Annual report on the health of the army in India
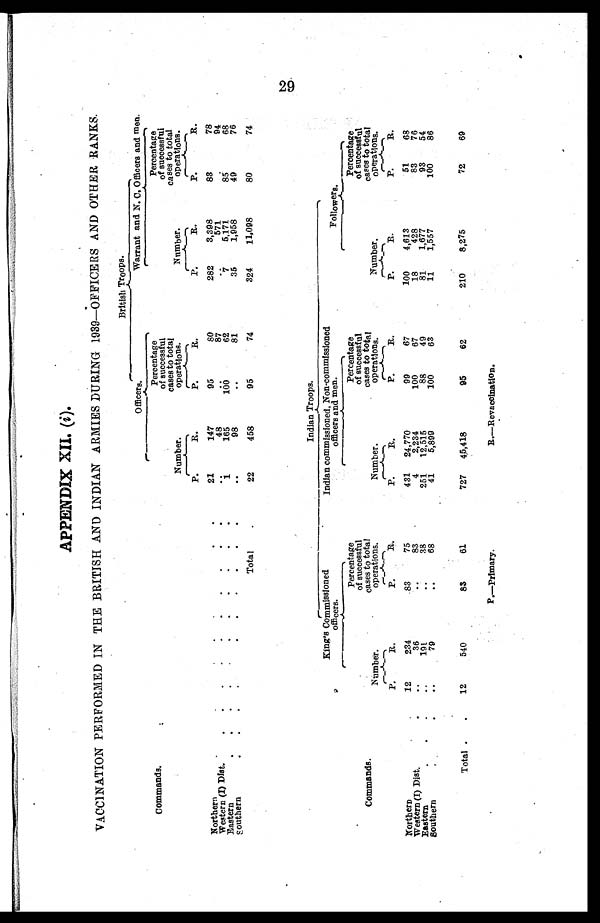
APPENDIX XII. (i).
VACCINATION PERFORMED IN THE BRITISH AND INDIAN ARMIES DURING 1939-OFFICERS AND OTHER RANKS.
British Troops.
O f f i c e r s .
Warrant and N. C, Officers and men.
Commands.
Number.
Percentage
of successful
cases to total
operations.
Number.
Percentage
of successful
cases to total
operations.
P.
R.
P.
R.
P.
R.
P.
R .
Northern.
.
.
.
.
21
147
95
80
282
3,398
83
78
Western (I) Dist..
.
.
.
.
.
.
.
.
.
. .
48
. .
87
..
571
..
94
Eastern
..
.
.
.
.
.
.
.
.
1
165
100
62
7
5,171
85
68
southern
..
.
.
.
.
.
.
.
.
..
98
..
81
35
1,958
49
76
Total
22
458
95
74
324
11,098
80
74
Indian Troops.
King's Commissioned
officers.
Indian commissioned, Non-commissioned
officers and men.
Followers.
Number.
Percentage
of successful
cases to total
operations.
Number.
Percentage
of successful
cases to total
operations.
Number.
Percentage
of successful
cases to total
operations.
Commands.
P.
R.
P.
R.
P.
R.
P.
R.
P.
R.
P.
R.
Northern
12
234
.83
75
431
24,770
99
67
100
4,613
51
68
Western (I) Dist.
..
36
..
83
4
2,234
100
67
18
428
83
76
Eastern.
. .
..
191
..
38
251
12,515
88
49
81
1,677
93
54
Southern
..
79
..
68
41
5,899
100
63
11
1,557
100
86
Total .
.
12
540
83
61
727
45,418
95
62
210
8,275
72
69
9
P.—Primary.
R.—Revaccination.